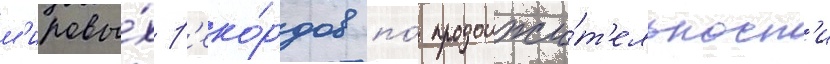
м'ировы́х р'еко́рдов по́ продолжи́т'ельност'и